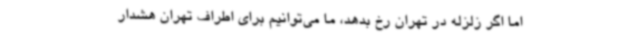
اما اگر زلزله در تهران رخ بدهد، ما می‌توانیم برای اطراف تهران هشدار